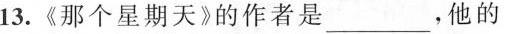
13.《那个星期天》的作者是___，他的